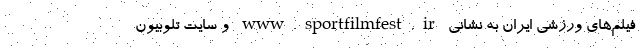
فیلم‌های ورزشی ایران به نشانی www.sportfilmfest.ir و سایت تلوبیون